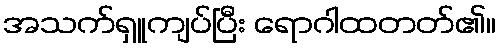
အသက်ရှူကျပ်ပြီး ရောဂါထတတ်၏။